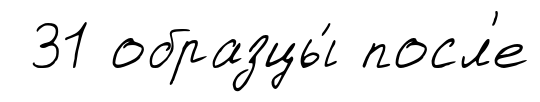
31 образцы́ посл'е